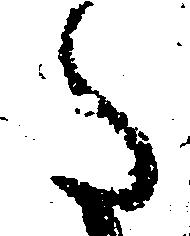
た